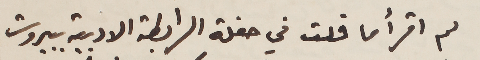
لم اقرأ ما قلت في حفلة الرابطة الادبية ببيروت